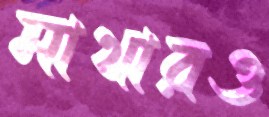
মাথারও